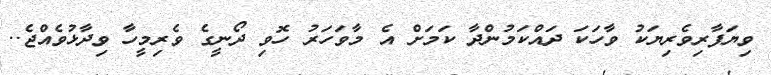
ވިޔަފާރިވެރިޔަކު ވާހަކަ ދައްކަމުންދާ ކަމަށް އެ މާވަހަރު ހޮވި ދޯނީގެ ވެރިމީހާ ވިދާޅުވެއްޖެ..